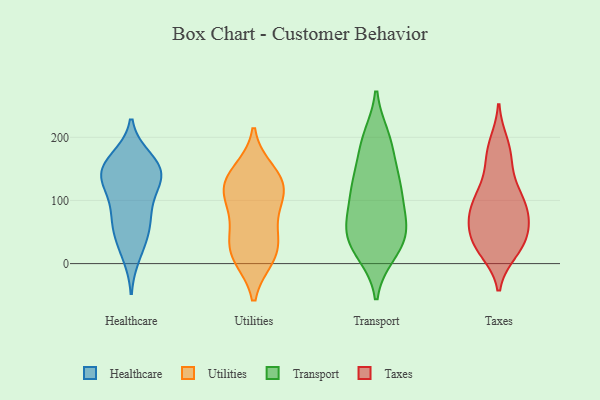
{"axis": {"x": "Backlog", "y": "Value"}, "legend": ["Healthcare", "Taxes", "Transport", "Utilities"], "data": [{"x": "", "y": 66, "type": "Healthcare"}, {"x": "", "y": 60, "type": "Healthcare"}, {"x": "", "y": 135, "type": "Healthcare"}, {"x": "", "y": 127, "type": "Healthcare"}, {"x": "", "y": 145, "type": "Healthcare"}, {"x": "", "y": 79, "type": "Healthcare"}, {"x": "", "y": 107, "type": "Healthcare"}, {"x": "", "y": 145, "type": "Healthcare"}, {"x": "", "y": 165, "type": "Healthcare"}, {"x": "", "y": 38, "type": "Healthcare"}, {"x": "", "y": 152, "type": "Healthcare"}, {"x": "", "y": 15, "type": "Healthcare"}, {"x": "", "y": 155, "type": "Healthcare"}, {"x": "", "y": 14, "type": "Utilities"}, {"x": "", "y": 97, "type": "Utilities"}, {"x": "", "y": 113, "type": "Utilities"}, {"x": "", "y": 133, "type": "Utilities"}, {"x": "", "y": 110, "type": "Utilities"}, {"x": "", "y": 43, "type": "Utilities"}, {"x": "", "y": 10, "type": "Utilities"}, {"x": "", "y": 17, "type": "Utilities"}, {"x": "", "y": 131, "type": "Utilities"}, {"x": "", "y": 58, "type": "Utilities"}, {"x": "", "y": 146, "type": "Utilities"}, {"x": "", "y": 16, "type": "Transport"}, {"x": "", "y": 55, "type": "Transport"}, {"x": "", "y": 200, "type": "Transport"}, {"x": "", "y": 198, "type": "Transport"}, {"x": "", "y": 18, "type": "Transport"}, {"x": "", "y": 126, "type": "Transport"}, {"x": "", "y": 134, "type": "Transport"}, {"x": "", "y": 95, "type": "Transport"}, {"x": "", "y": 50, "type": "Transport"}, {"x": "", "y": 69, "type": "Transport"}, {"x": "", "y": 128, "type": "Transport"}, {"x": "", "y": 49, "type": "Transport"}, {"x": "", "y": 165, "type": "Transport"}, {"x": "", "y": 122, "type": "Transport"}, {"x": "", "y": 62, "type": "Transport"}, {"x": "", "y": 102, "type": "Transport"}, {"x": "", "y": 193, "type": "Transport"}, {"x": "", "y": 22, "type": "Transport"}, {"x": "", "y": 41, "type": "Transport"}, {"x": "", "y": 157, "type": "Taxes"}, {"x": "", "y": 32, "type": "Taxes"}, {"x": "", "y": 165, "type": "Taxes"}, {"x": "", "y": 184, "type": "Taxes"}, {"x": "", "y": 25, "type": "Taxes"}, {"x": "", "y": 190, "type": "Taxes"}, {"x": "", "y": 100, "type": "Taxes"}, {"x": "", "y": 71, "type": "Taxes"}, {"x": "", "y": 44, "type": "Taxes"}, {"x": "", "y": 83, "type": "Taxes"}, {"x": "", "y": 113, "type": "Taxes"}, {"x": "", "y": 115, "type": "Taxes"}, {"x": "", "y": 80, "type": "Taxes"}, {"x": "", "y": 33, "type": "Taxes"}, {"x": "", "y": 104, "type": "Taxes"}, {"x": "", "y": 56, "type": "Taxes"}, {"x": "", "y": 20, "type": "Taxes"}, {"x": "", "y": 24, "type": "Taxes"}, {"x": "", "y": 83, "type": "Taxes"}, {"x": "", "y": 62, "type": "Taxes"}]}